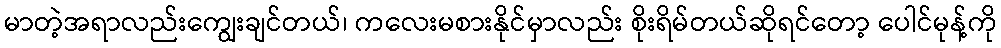
မာတဲ့အရာလည်းကျွေးချင်တယ်၊ ကလေးမစားနိုင်မှာလည်း စိုးရိမ်တယ်ဆိုရင်တော့ ပေါင်မုန့်ကို